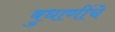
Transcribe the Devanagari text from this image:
बुधाणींचे